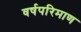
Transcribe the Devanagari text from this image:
वर्षपरिमाण